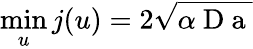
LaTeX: \operatorname*{min}_{u}{j(u)}=2\sqrt{\alpha\mathrm{~D~a~}}